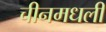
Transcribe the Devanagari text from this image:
चीनमधली